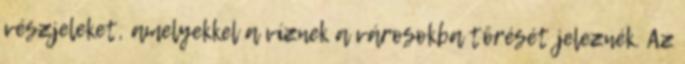
vészjeleket, amelyekkel a víznek a városokba törését jeleznék. Az